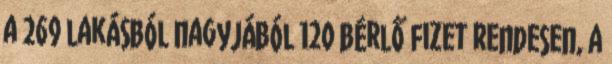
a 269 lakásból nagyjából 120 bérlő fizet rendesen, a